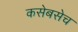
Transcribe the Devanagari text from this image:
कसेबसेच